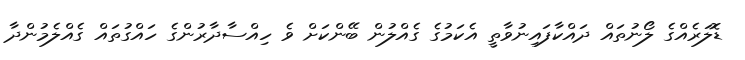
ޑޮލަރެއްގެ ލޯނުތައް ދައްކާފައިނުވާތީ އެކަމުގެ ގެއްލުން ބޭންކަށް ވެ ހިއްސާދާރުންގެ ހައްގުތައް ގެއްލެމުންދާ